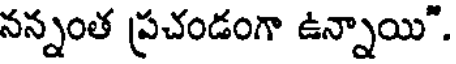
నన్నంత ప్రచండంగా ఉన్నాయి".